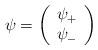
LaTeX: \begin{align*}{\psi}= \left(\begin{array}{c}{\psi}_{+}\\{\psi}_{-}\end{array}\right)\,\end{align*}